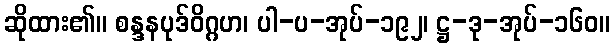
ဆိုထား၏။ စန္ဒနပုဒ်ဝိဂ္ဂဟ၊ ပါ-ပ-အုပ်-၁၉၂၊ ဋ္ဌ-ဒု-အုပ်-၁၆၀။